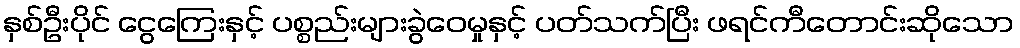
နှစ်ဦးပိုင် ငွေကြေးနှင့် ပစ္စည်းများခွဲဝေမှုနှင့် ပတ်သက်ပြီး ဖရင်ကီတောင်းဆိုသော